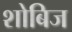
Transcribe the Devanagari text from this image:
शोबिज